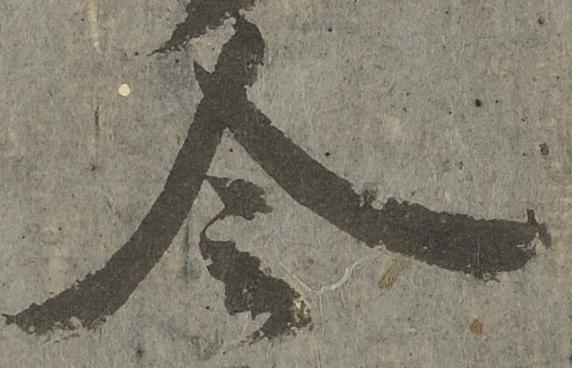
令